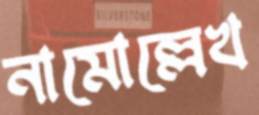
নামোল্লেখ